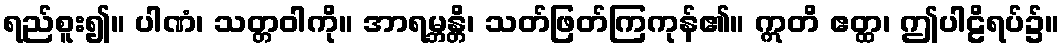
ရည်စူး၍။ ပါဏံ၊ သတ္တဝါကို။ အာရမ္ဘန္တိ၊ သတ်ဖြတ်ကြကုန်၏။ ဣတိ ဧတ္ထ၊ ဤပါဠိရပ်၌။